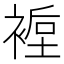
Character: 𲀸